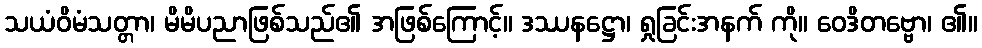
သယံဝိမံသတ္တာ၊ မိမိပညာဖြစ်သည်၏ အဖြစ်ကြောင့်။ ဒဿနဋ္ဌော၊ ရှုခြင်းအနက် ကို။ ဝေဒိတဗ္ဗော၊ ၏။